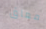
معاق